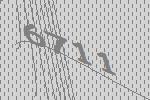
6711